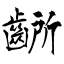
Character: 齭